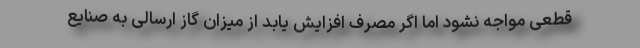
قطعی مواجه نشود اما اگر مصرف افزایش یابد از میزان گاز ارسالی به صنایع